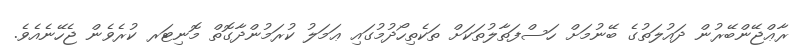
ރާޢްޖޭންބޭރުން ދައުލަތުގެ ބޭނުމަށް ހަސްފަތާލުތަކަށް ތަކެތިހޯދުމުގައި ޢަމަލު ކުރަމުންދާގޮތް މޮނިޓަރ ކުރެވެން ޖެހޭނެއެވެ.